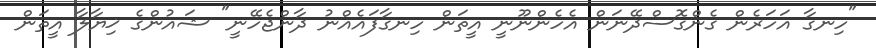
"ހިނގާ އަހަރެން ގެންގޮސްދޭނަން އެހެންނޫނީ އީތަން ހިނގާފައެއްނު ދާންޖެހޭނީ" ޝައުންގެ ޚިޔާލާ އީތަން